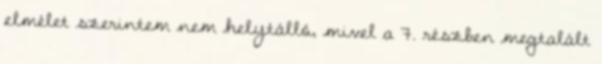
elmélet szerintem nem helytálló, mivel a 7. részben megtalált